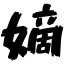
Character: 嫡